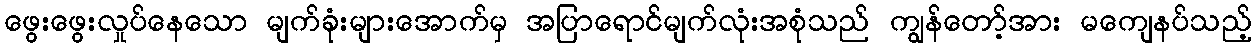
ဖွေးဖွေးလှုပ်နေသော မျက်ခုံးများအောက်မှ အပြာရောင်မျက်လုံးအစုံသည် ကျွန်တော့်အား မကျေနပ်သည့်